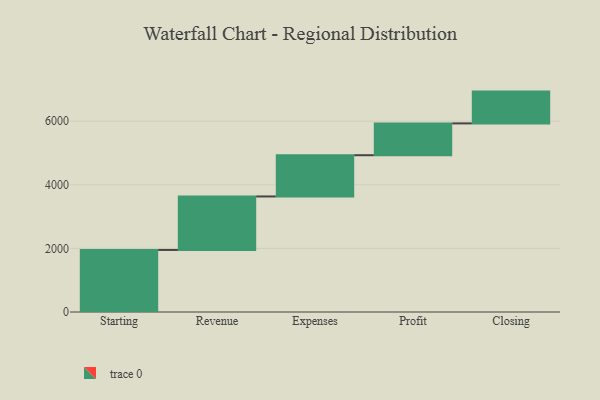
{"axis": {"x": "Step", "y": "Value"}, "legend": [""], "data": [{"x": "Starting", "y": 1951.0, "type": ""}, {"x": "Revenue", "y": 1682.0, "type": ""}, {"x": "Expenses", "y": 1297.0, "type": ""}, {"x": "Profit", "y": 1000, "type": ""}, {"x": "Closing", "y": 1000, "type": ""}]}